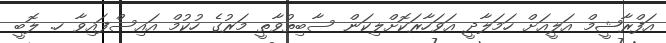
އަފްރާޝީމް އަލީއަށް ހަމަލާދީ އަވަހާރަކޮށްލިކަން ސާބިތުވާތީ މަރުގެ ހުކުމް އައިސްފައިވާ ހ. ލޮބީ